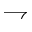
\rightharpoondown